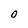
Character: O